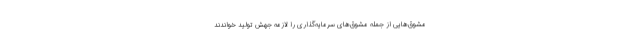
مشوّق‌هایی از جمله مشوّق‌های سرمایه‌گذاری را لازمه جهش تولید خواندند